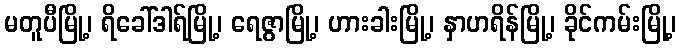
မတူပီမြို့၊ ရိခေါ်ဒါရ်မြို့၊ ရေဇွာမြို့၊ ဟားခါးမြို့၊ နှာဟရိန်မြို့၊ ခိုင်ကမ်းမြို့၊